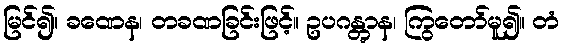
မြင်၍။ ခဏေန၊ တခဏခြင်းဖြင့်။ ဥပဂန္တွာန၊ ကြွတော်မူ၍။ တံ